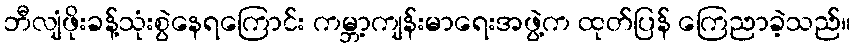
ဘီလျံဖိုးခန့်သုံးစွဲနေရကြောင်း ကမ္ဘာ့ကျန်းမာရေးအဖွဲ့က ထုတ်ပြန် ကြေညာခဲ့သည်။